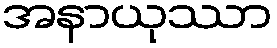
အနာယုဿာ